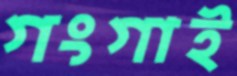
গংগাই